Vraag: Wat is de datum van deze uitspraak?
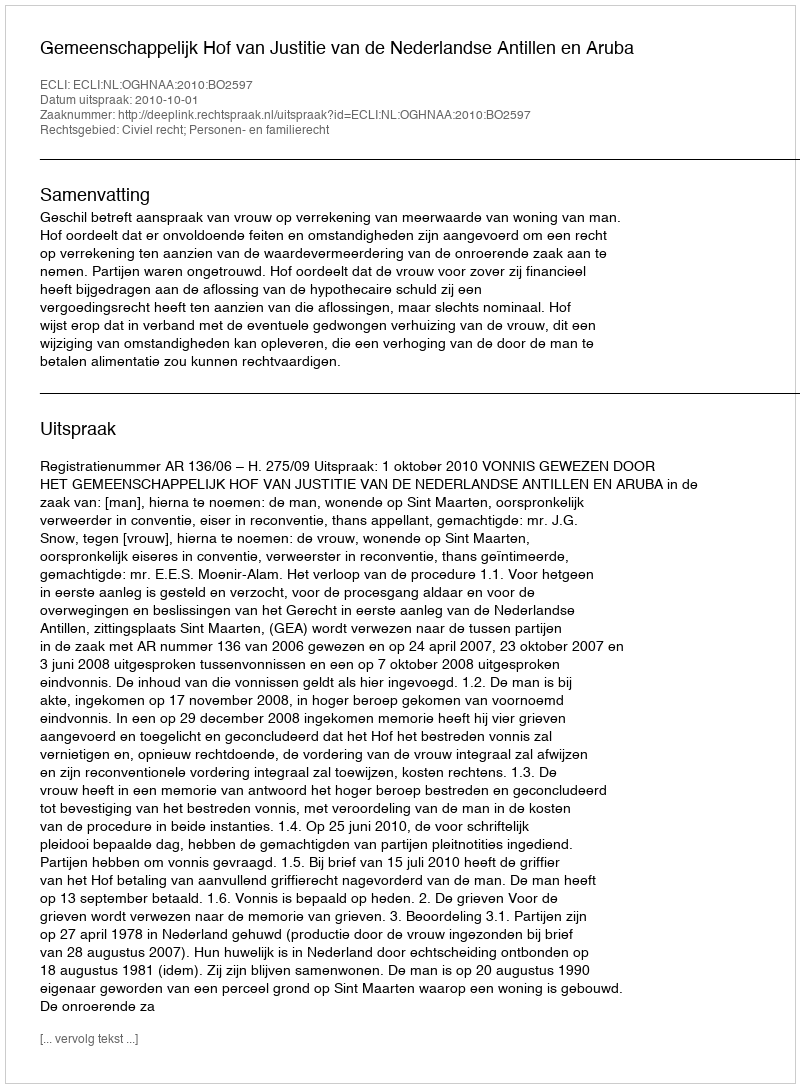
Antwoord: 2010-10-01